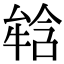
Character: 𤚥